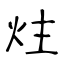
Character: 炷